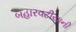
બહારવટીયાની